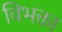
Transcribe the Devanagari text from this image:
विभक्ता